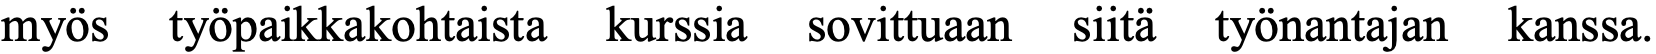
myös työpaikkakohtaista kurssia sovittuaan siitä työnantajan kanssa.